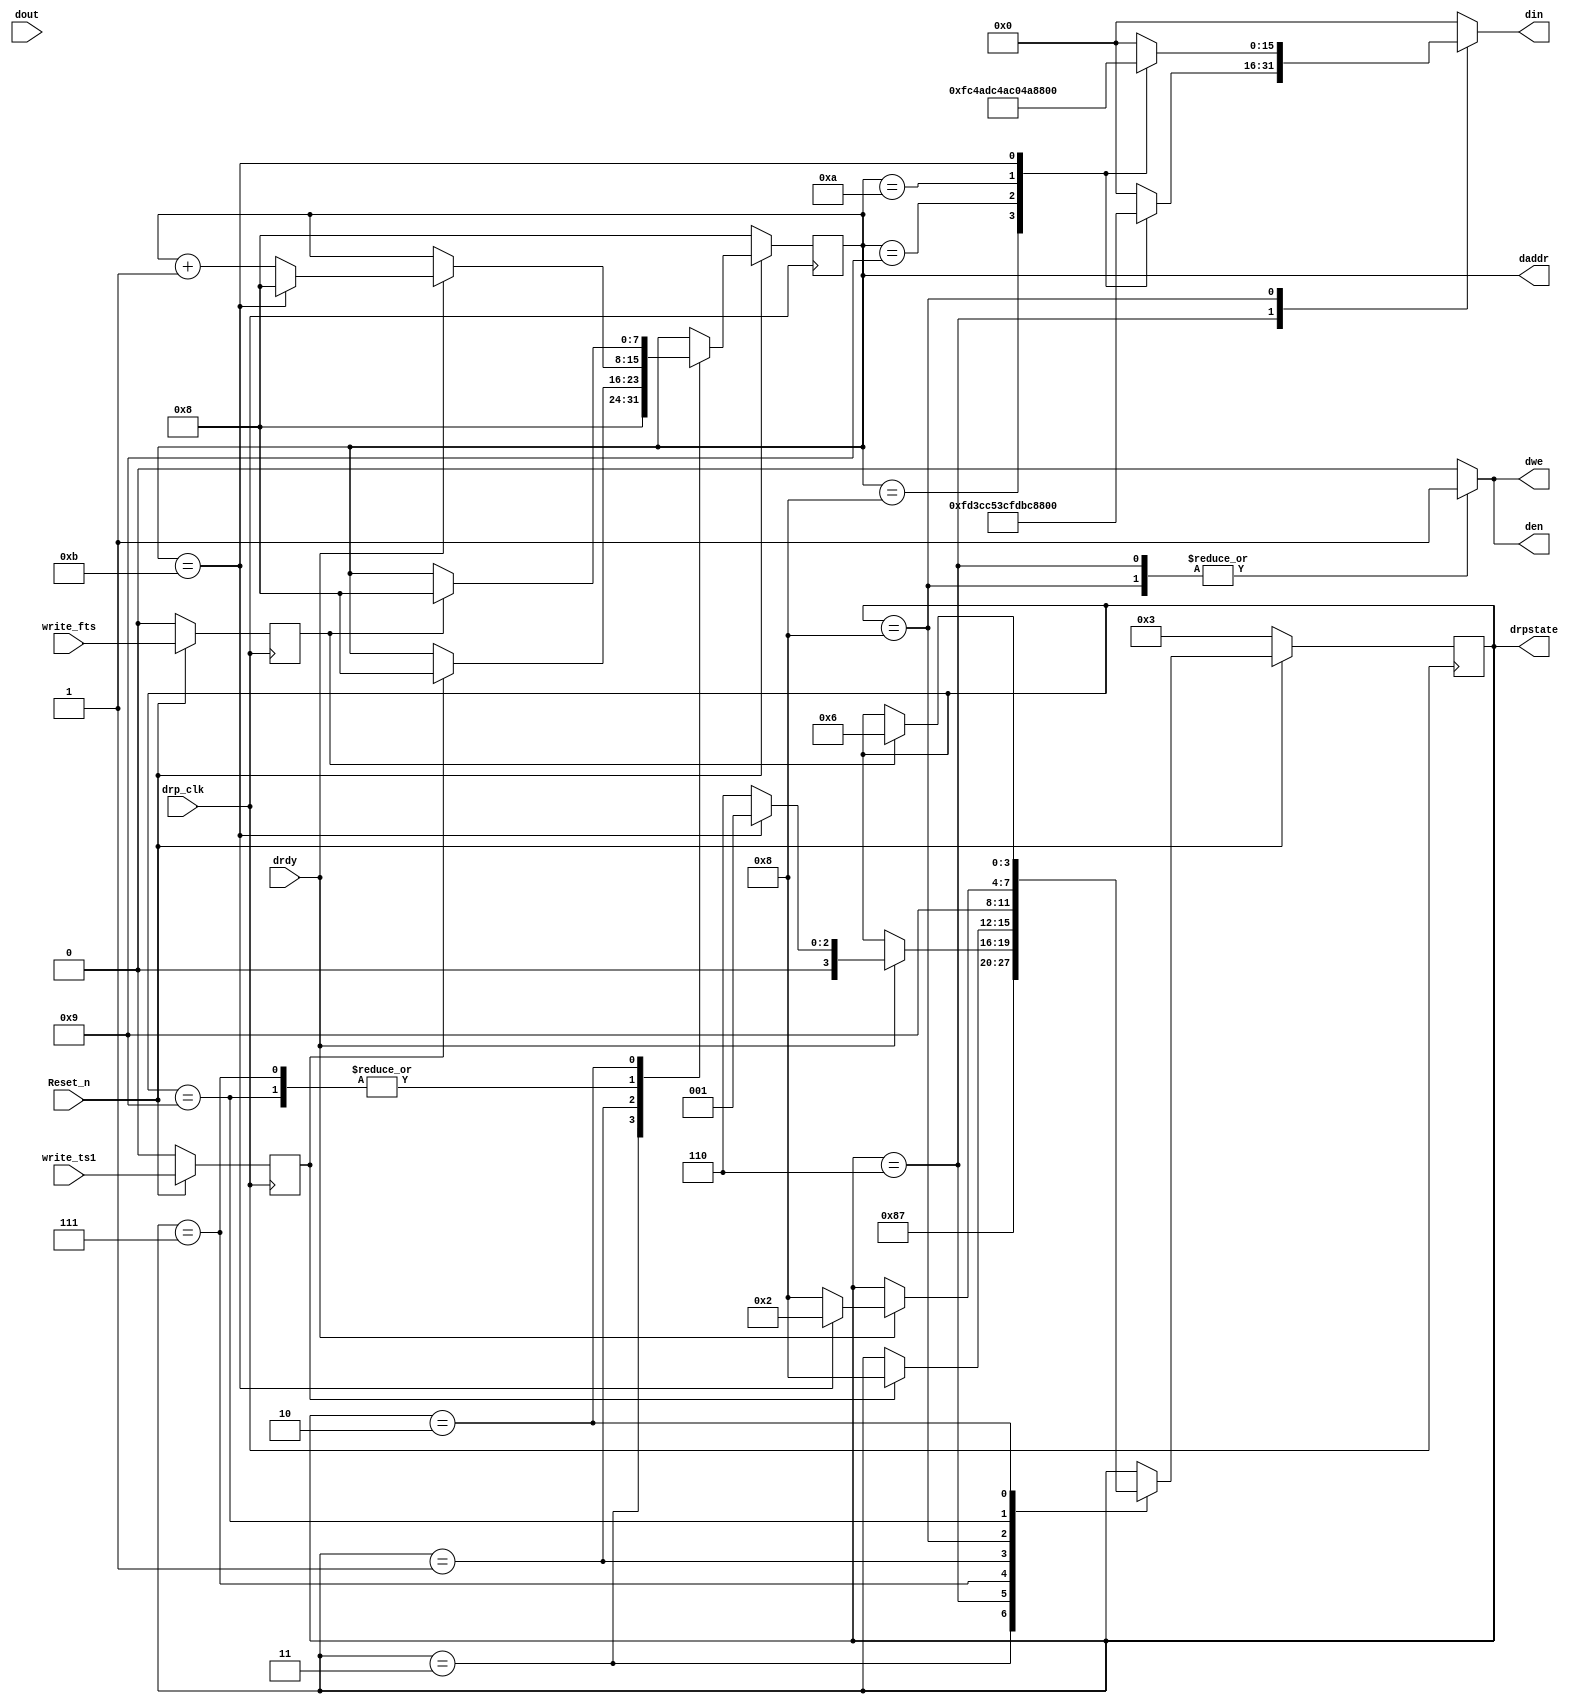

//-----------------------------------------------------------------------------
//
// (c) Copyright 2009-2011 Xilinx, Inc. All rights reserved.
//
// This file contains confidential and proprietary information
// of Xilinx, Inc. and is protected under U.S. and
// international copyright and other intellectual property
// laws.
//
// DISCLAIMER
// This disclaimer is not a license and does not grant any
// rights to the materials distributed herewith. Except as
// otherwise provided in a valid license issued to you by
// Xilinx, and to the maximum extent permitted by applicable
// law: (1) THESE MATERIALS ARE MADE AVAILABLE "AS IS" AND
// WITH ALL FAULTS, AND XILINX HEREBY DISCLAIMS ALL WARRANTIES
// AND CONDITIONS, EXPRESS, IMPLIED, OR STATUTORY, INCLUDING
// BUT NOT LIMITED TO WARRANTIES OF MERCHANTABILITY, NON-
// INFRINGEMENT, OR FITNESS FOR ANY PARTICULAR PURPOSE; and
// (2) Xilinx shall not be liable (whether in contract or tort,
// including negligence, or under any other theory of
// liability) for any loss or damage of any kind or nature
// related to, arising under or in connection with these
// materials, including for any direct, or any indirect,
// special, incidental, or consequential loss or damage
// (including loss of data, profits, goodwill, or any type of
// loss or damage suffered as a result of any action brought
// by a third party) even if such damage or loss was
// reasonably foreseeable or Xilinx had been advised of the
// possibility of the same.
//
// CRITICAL APPLICATIONS
// Xilinx products are not designed or intended to be fail-
// safe, or for use in any application requiring fail-safe
// performance, such as life-support or safety devices or
// systems, Class III medical devices, nuclear facilities,
// applications related to the deployment of airbags, or any
// other applications that could lead to death, personal
// injury, or severe property or environmental damage
// (individually and collectively, "Critical
// Applications"). Customer assumes the sole risk and
// liability of any use of Xilinx products in Critical
// Applications, subject only to applicable laws and
// regulations governing limitations on product liability.
//
// THIS COPYRIGHT NOTICE AND DISCLAIMER MUST BE RETAINED AS
// PART OF THIS FILE AT ALL TIMES.
//
//-----------------------------------------------------------------------------
// Project    : Virtex-6 Integrated Block for PCI Express
// Version    : 2.4
//--
//-- Description: Virtex6 Workaround for deadlock due lane-lane skew Bug
//--
//--
//--
//--------------------------------------------------------------------------------

`timescale 1ns / 1ps
module GTX_DRP_CHANALIGN_FIX_3752_V6
#(
  parameter       TCQ             = 1,
  parameter       C_SIMULATION    = 0 // Set to 1 for simulation
)
(
  output  reg          dwe,
  output  reg  [15:0]  din,    //THIS IS THE INPUT TO THE DRP
  output  reg          den,
  output  reg  [7:0]   daddr,
  output  reg  [3:0]   drpstate,
  input                write_ts1,
  input                write_fts,
  input       [15:0]   dout,  //THIS IS THE OUTPUT OF THE DRP
  input                drdy,
  input                Reset_n,
  input                drp_clk

);


  reg  [7:0]     next_daddr;
  reg  [3:0]     next_drpstate;



  reg            write_ts1_gated;
  reg            write_fts_gated;


  localparam      DRP_IDLE_FTS           =  1;
  localparam      DRP_IDLE_TS1           =  2;
  localparam      DRP_RESET              =  3;
  localparam      DRP_WRITE_FTS          =  6;
  localparam      DRP_WRITE_DONE_FTS     =  7;
  localparam      DRP_WRITE_TS1          =  8;
  localparam      DRP_WRITE_DONE_TS1     =  9;
  localparam      DRP_COM                = 10'b0110111100;
  localparam      DRP_FTS                = 10'b0100111100;
  localparam      DRP_TS1                = 10'b0001001010;


  always @(posedge drp_clk) begin

    if ( ~Reset_n ) begin

      daddr     <= #(TCQ) 8'h8;
      drpstate  <= #(TCQ) DRP_RESET;


      write_ts1_gated <= #(TCQ) 0;
      write_fts_gated <= #(TCQ) 0;

    end else begin

      daddr     <= #(TCQ) next_daddr;
      drpstate  <= #(TCQ) next_drpstate;



      write_ts1_gated <= #(TCQ) write_ts1;
      write_fts_gated <= #(TCQ) write_fts;

    end

  end


  always @(*) begin

    // DEFAULT CONDITIONS
    next_drpstate=drpstate;
    next_daddr=daddr;
    den=0;
    din=0;
    dwe=0;

    case(drpstate)

      // RESET CONDITION, WE NEED TO READ THE TOP 6 BITS OF THE DRP REGISTER WHEN WE GET THE WRITE FTS TRIGGER
      DRP_RESET : begin

        next_drpstate= DRP_WRITE_TS1;
        next_daddr=8'h8;

      end



      // WRITE FTS SEQUENCE
      DRP_WRITE_FTS : begin

        den=1;
        dwe=1;
        case (daddr)
          8'h8 : din = 16'hFD3C;
          8'h9 : din = 16'hC53C;
          8'hA : din = 16'hFDBC;
          8'hB : din = 16'h853C;
        endcase
        next_drpstate=DRP_WRITE_DONE_FTS;

      end

      // WAIT FOR FTS SEQUENCE WRITE TO FINISH, ONCE WE FINISH ALL WRITES GO TO FTS IDLE
      DRP_WRITE_DONE_FTS : begin

        if(drdy) begin

          if(daddr==8'hB) begin

            next_drpstate=DRP_IDLE_FTS;
            next_daddr=8'h8;

          end else begin

            next_drpstate=DRP_WRITE_FTS;
            next_daddr=daddr+1'b1;

          end

        end

      end

      // FTS IDLE: WAIT HERE UNTIL WE NEED TO WRITE TS1
      DRP_IDLE_FTS : begin

        if(write_ts1_gated) begin

          next_drpstate=DRP_WRITE_TS1;
          next_daddr=8'h8;

        end

      end

      // WRITE TS1 SEQUENCE
      DRP_WRITE_TS1 : begin
        den=1;
        dwe=1;
        case (daddr)
          8'h8 : din = 16'hFC4A;
          8'h9 : din = 16'hDC4A;
          8'hA : din = 16'hC04A;
          8'hB : din = 16'h85BC;
        endcase
        next_drpstate=DRP_WRITE_DONE_TS1;

      end

      // WAIT FOR TS1 SEQUENCE WRITE TO FINISH, ONCE WE FINISH ALL WRITES GO TO TS1 IDLE
      DRP_WRITE_DONE_TS1 : begin

        if(drdy) begin

          if(daddr==8'hB) begin

            next_drpstate=DRP_IDLE_TS1;
            next_daddr=8'h8;

          end else begin

            next_drpstate=DRP_WRITE_TS1;
            next_daddr=daddr+1'b1;

          end

        end

      end

      // TS1 IDLE: WAIT HERE UNTIL WE NEED TO WRITE FTS
      DRP_IDLE_TS1 : begin

        if(write_fts_gated) begin

          next_drpstate=DRP_WRITE_FTS;
          next_daddr=8'h8;

        end

      end

    endcase

  end

endmodule